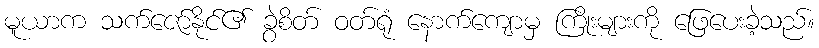
မူယာက သက်ဇော်နိုင်၏ ခွဲစိတ် ဝတ်ရုံ နောက်ကျောမှ ကြိုးများကို ဖြေပေးခဲ့သည်။